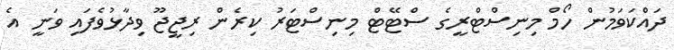
ދައްކަވަމުން ހޯމް މިނިސްޓްރީގެ ސްޓޭޓް މިނިސްޓަރު ކިރެން ރިޖީޖޫ ވިދާޅުވެފައި ވަނީ އެ